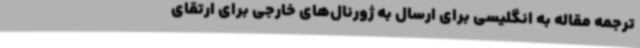
ترجمه مقاله به انگلیسی برای ارسال به ژورنال‌های خارجی برای ارتقای